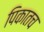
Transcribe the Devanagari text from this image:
पिकातच